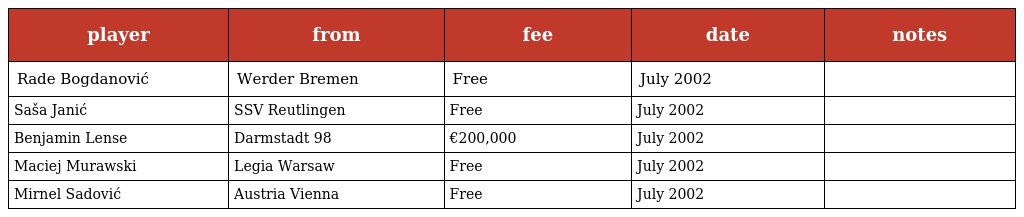
| player | from | fee | date | notes |
 | --- | --- | --- | --- | --- |
 | Rade Bogdanović | Werder Bremen | Free | July 2002 |  |
 | Saša Janić | SSV Reutlingen | Free | July 2002 |  |
 | Benjamin Lense | Darmstadt 98 | €200,000 | July 2002 |  |
 | Maciej Murawski | Legia Warsaw | Free | July 2002 |  |
 | Mirnel Sadović | Austria Vienna | Free | July 2002 |  |